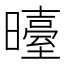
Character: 𭨉